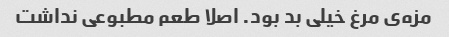
مزه‌ی مرغ خیلی بد بود. اصلا طعم مطبوعی نداشت